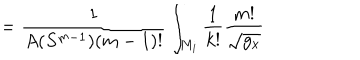
= \frac 1 { A ( S ^ { m - 1 } ) ( m - 1 ) ! } \int _ { M _ { i } } \frac 1 { k ! } \frac { m ! } { \sqrt { g _ { x } } }